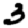
Digit: 3